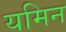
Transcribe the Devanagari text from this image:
यमिन